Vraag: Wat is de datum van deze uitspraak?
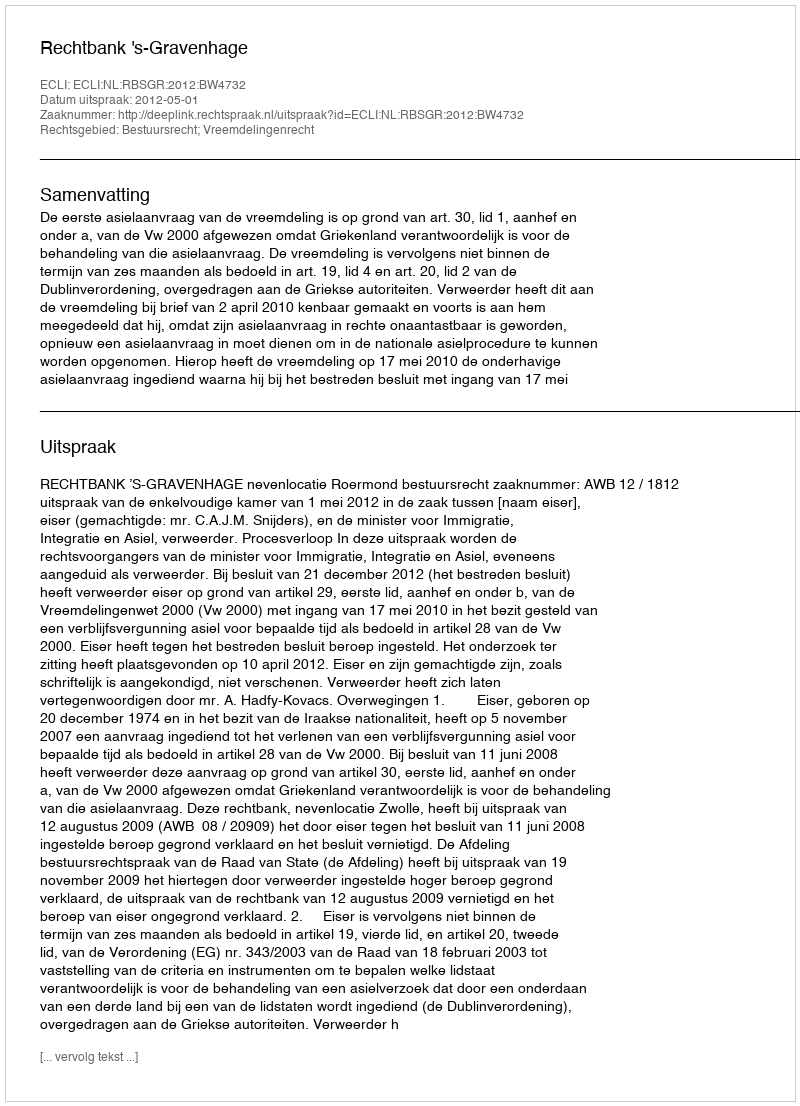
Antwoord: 2012-05-01